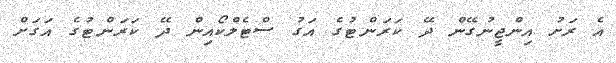
އެ ރަށު އިންޖީނުގޭން ދޭ ކަރަންޓުގެ އަގު ސްޓެލްކޯއިން ދޭ ކަރަންޓުގެ އަގަށް